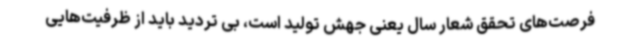
فرصت‌های تحقق شعار سال یعنی جهش تولید است، بی تردید باید از ظرفیت‌هایی